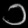
Digit: ၁